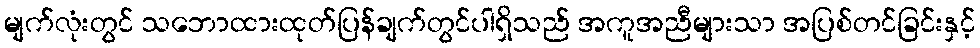
မျက်လုံးတွင် သဘောထားထုတ်ပြန်ချက်တွင်ပါရှိသည် အကူအညီများသာ အပြစ်တင်ခြင်းနှင့်